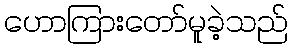
ဟောကြားတော်မူခဲ့သည်